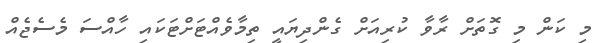
މި ކަން މި ގޮތަށް ރާވާ ކުރިއަށް ގެންދިޔައީ ތިމާވެއްޓަށްޓަކައި ހާއްސަ މެސެޖެއް